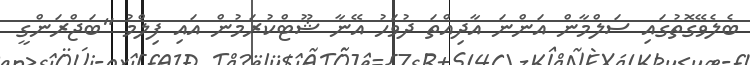
ބެލެވޭގޮތުގައި ސަލްމާން އަންނަ އާދިއްތަ ދުވަހު އޭނާ ޝޫޓްކުރަމުން އައި ފިލްމު "ބަޖްރަންގީ